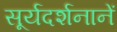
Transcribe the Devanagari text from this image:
सूर्यदर्शनानें